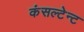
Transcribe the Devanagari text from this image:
कंसल्टेन्ट